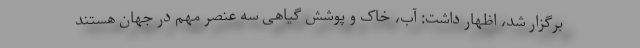
برگزار شد، اظهار داشت: آب، خاک و پوشش گیاهی سه عنصر مهم در جهان هستند